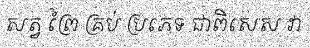
សត្វ ព្រៃ គ្រប់ ប្រភេទ ជាពិសេស វា